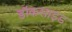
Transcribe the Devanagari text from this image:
डॉकसाइड